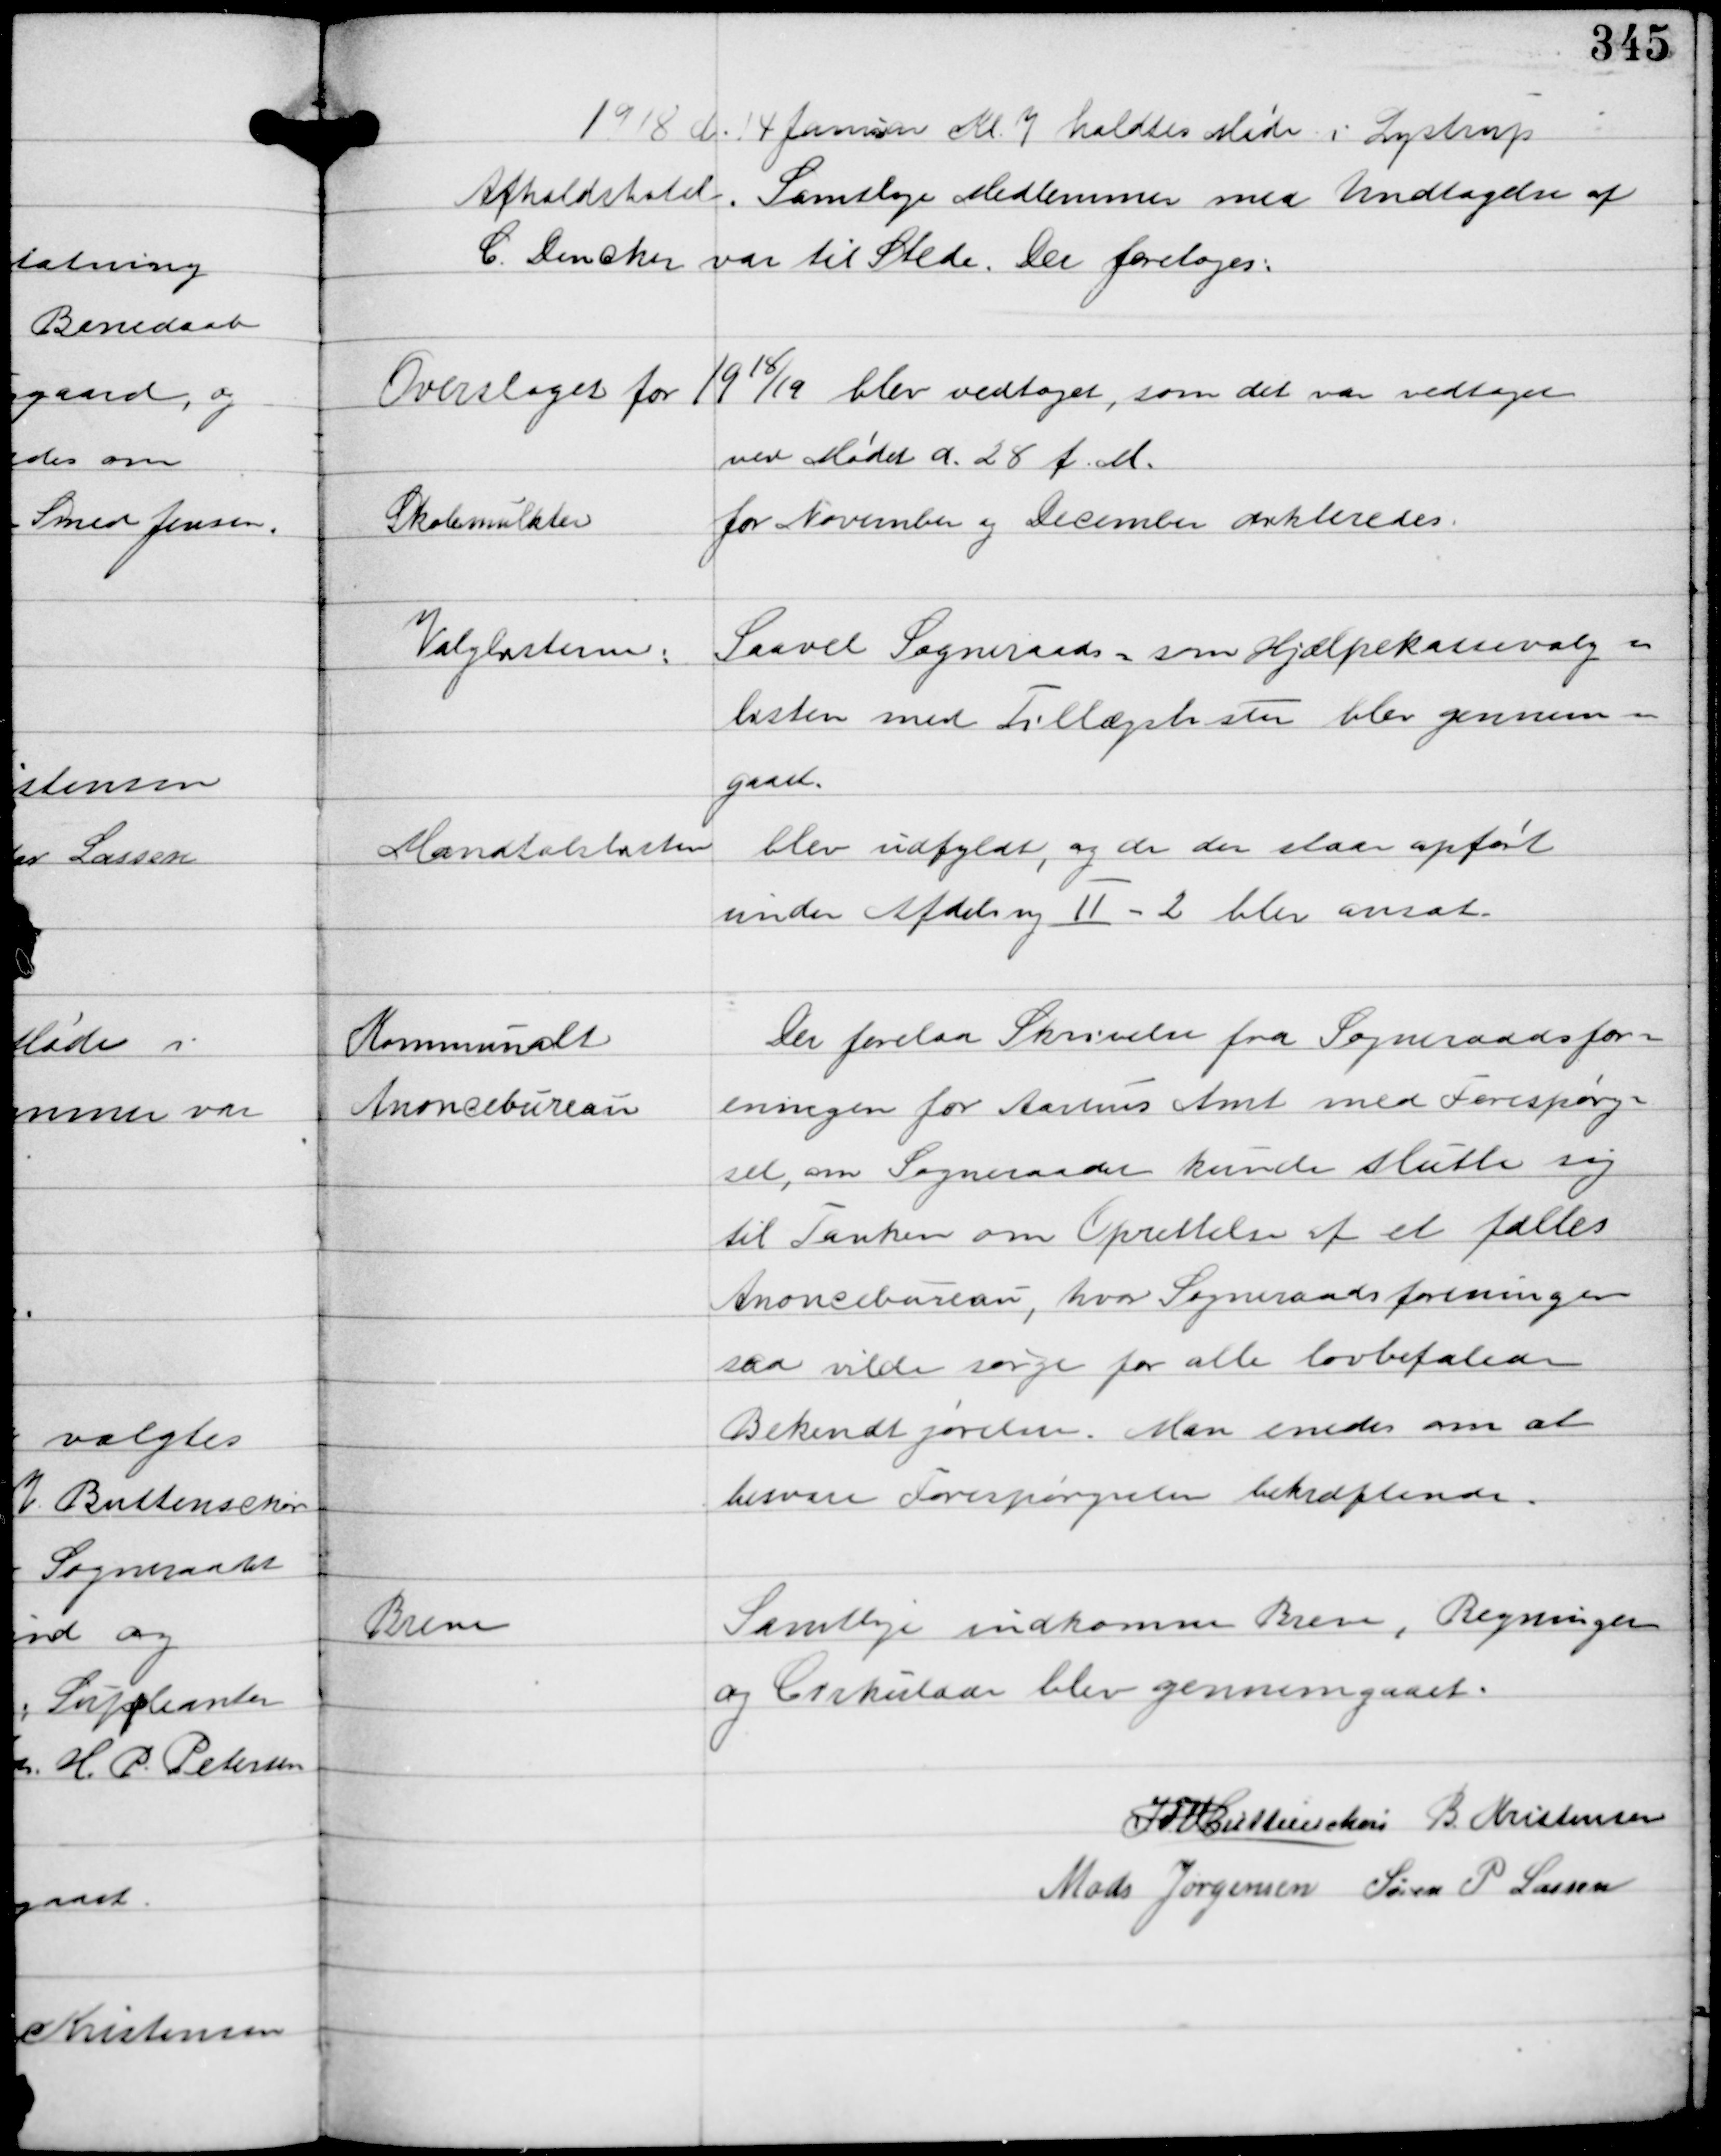
Transskription:
1918 d. 14 Januar Kl. 7 holdtes Møde i Lystrup
Afholdshotel. Samtlige Medlemmer med Undtagelse af
C Dencker var til Stede. Der foretoges:

Overslaget for 1918/19 blev vedtaget, som det var vedtaget
ved mødet d. 28. f.M.

Skolemulkter for November og December dikteredes

Valgstemmer

Saavel Sogneraads- som Hjælpekassevalg-
listen med Tillægslisten blev gennem-
gaaet.

Mandtalslisten

blev udfyldt, og de der staar opført
under Afdeling II -2 blev ansat.

Kommunalt
Anoncebureau

Der forelaa Skrivelse fra Sogneraadsfor-
eningen for Aarhus Amt med Forespørg-
sel, om Sogneraadet kunde slutte sig
til Tanken om Oprettelse af et fælles
Anoncebureau, hvor Sogneraadsforeningen
saa vilde sørge for alle lovbefalede
Bekendtgørelser. Man enedes om at
besvare Forespørgslen bekræftende.

Breve

Samtlige indkomne Breve, Regninger
og Cirkulærer blev gennemgaaet.

IFV Buttenschøn B. Kristensen
Mads Jørgensen Søren P. Lassen